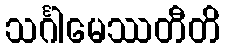
သင်္ဂါမေဿတီတိ